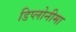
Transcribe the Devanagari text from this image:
डिप्लोनीमा